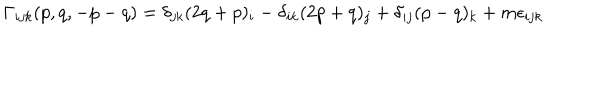
\Gamma _ { i j k } ( p , q , - p - q ) = \delta _ { j k } ( 2 q + p ) _ { i } - \delta _ { i k } ( 2 p + q ) _ { j } + \delta _ { i j } ( p - q ) _ { k } + m \epsilon _ { i j k }